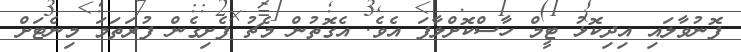
ފޮނުވާލައި އިދިކޮޅު ޓީމް ހާސްކޮށްލާފަ އެވެ. އެގޮތުން މެޗު ފެށިގެން ފުރަތަމަ މިނެޓަށް